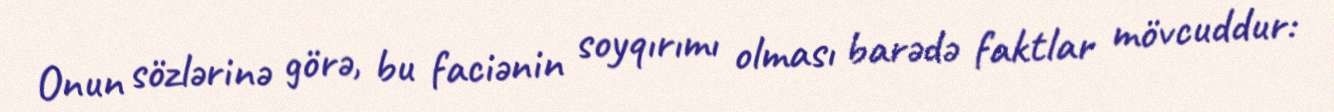
Onun sözlərinə görə, bu faciənin soyqırımı olması barədə faktlar mövcuddur: